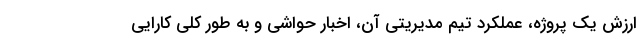
ارزش یک پروژه، عملکرد تیم مدیریتی آن، اخبار حواشی و به طور کلی کارایی